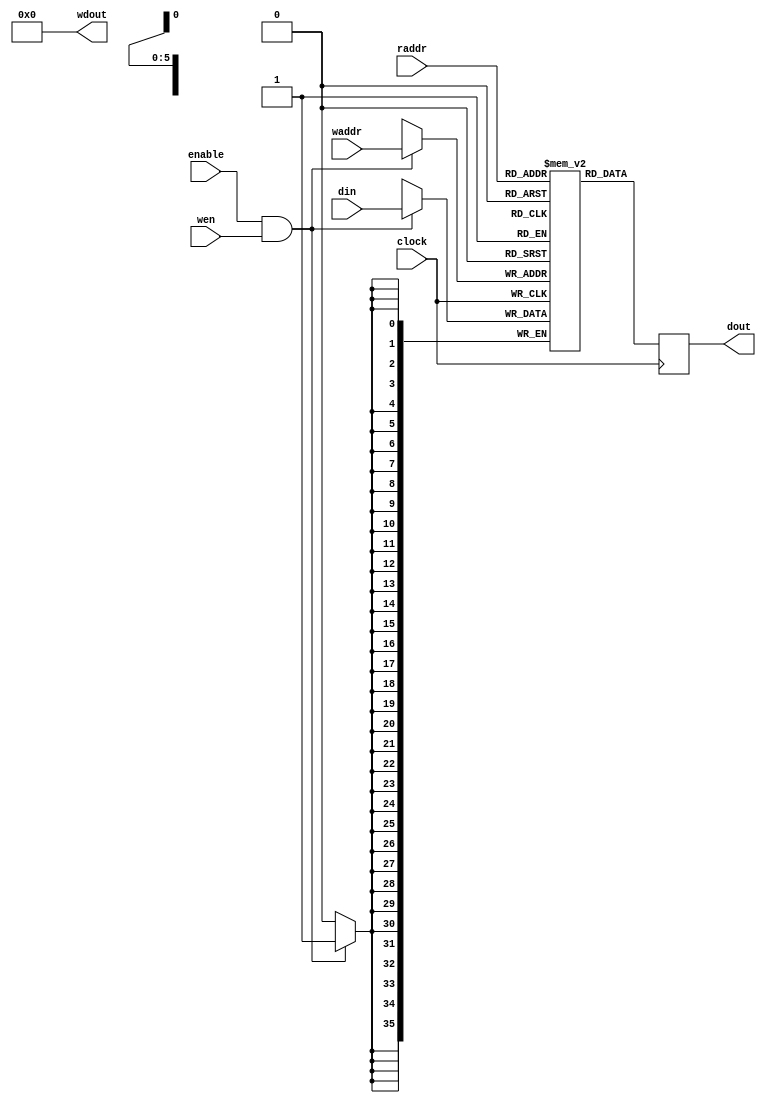
`timescale 1ns / 1ps
/* Dual-Port RAM with synchronous read (read through)
 */
module DualBRAM #(
    parameter WIDTH = 36,
    parameter LOG_DEP = 6
)
(
    input clock,
    input enable,
    input wen,
    input  [LOG_DEP-1:0] waddr,
    input  [LOG_DEP-1:0] raddr,
    input  [WIDTH-1:0] din,
    output reg [WIDTH-1:0] dout,
    output [WIDTH-1:0] wdout
);
    localparam DEPTH = 1 << LOG_DEP;
    
    // Infer Block RAM
    reg         [WIDTH-1:0] ram [DEPTH-1:0];
    //reg      [LOG_DEP-1: 0] read_addr;
    //reg      [LOG_DEP-1: 0] write_addr;
    //reg      [WIDTH-1:0] dout;
    wire     wen_int;
    
    assign wen_int = enable & wen;
    
    // synthesis attribute RAM_STYLE of ram is block
    always @(posedge clock)
    begin
      if (wen_int)
          ram[waddr]  <= din;
      dout = ram[raddr];  
    end
    
    assign wdout = 0;
    
endmodule